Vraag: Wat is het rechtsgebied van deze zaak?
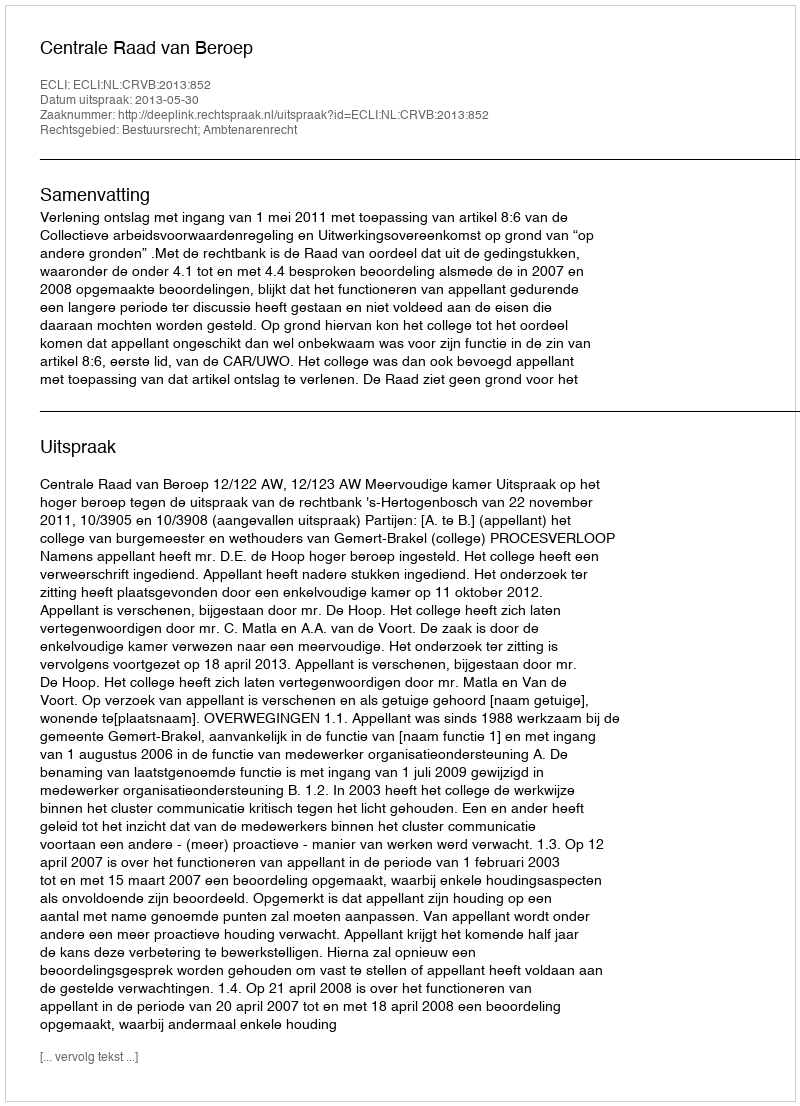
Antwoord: Bestuursrecht; Ambtenarenrecht